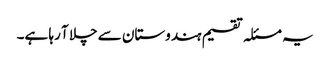
یہ مسئلہ تقسیم ہندوستان سے چلا آ رہا ہے۔